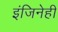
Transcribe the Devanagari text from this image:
इंजिनेही